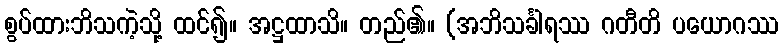
စွပ်ထားဘိသကဲ့သို့ ထင်၍။ အဋ္ဌထာသိ။ တည်၏။ (အဘိသင်္ခါရဿ ဂတီတိ ပယောဂဿ